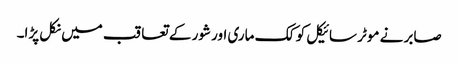
صابر نے موٹر سائیکل کو کک ماری اور شور کے تعاقب میں نکل پڑا۔